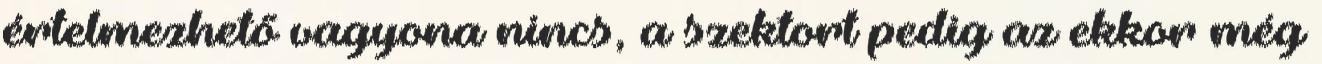
értelmezhető vagyona nincs, a szektort pedig az ekkor még